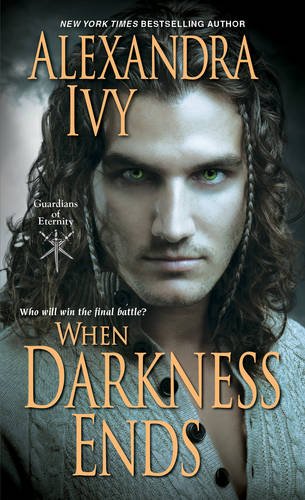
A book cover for When Darkness Ends (Guardians Of Eternity); Alexandra Ivy; Romance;